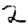
Digit: 2